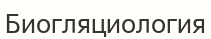
Биогляциология